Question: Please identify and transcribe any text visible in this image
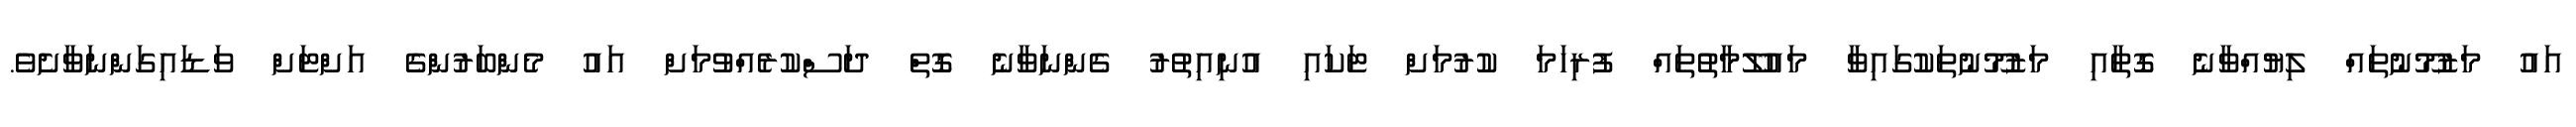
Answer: އައު މަޒުމޫނުތައް ލިޔުއްވާނެ ގޮތާއި މަޒުމޫނުތަކުގައިވާ މައުލޫމާތުތައް ފުރިހަމަ ކުރުމަށް ޓަކައި އުނިއިތުރު ގެންނަވާނެ ގޮތް ދަސްކުރެއްވުމަށް އައު މެންބަރުންގެ އަށްޓަށް ވަޑައިގަންނަވާށެވެ.